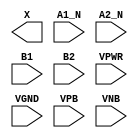
/**
 * Copyright 2020 The SkyWater PDK Authors
 *
 * Licensed under the Apache License, Version 2.0 (the "License");
 * you may not use this file except in compliance with the License.
 * You may obtain a copy of the License at
 *
 *     https://www.apache.org/licenses/LICENSE-2.0
 *
 * Unless required by applicable law or agreed to in writing, software
 * distributed under the License is distributed on an "AS IS" BASIS,
 * WITHOUT WARRANTIES OR CONDITIONS OF ANY KIND, either express or implied.
 * See the License for the specific language governing permissions and
 * limitations under the License.
 *
 * SPDX-License-Identifier: Apache-2.0
 */

`ifndef SKY130_FD_SC_HD__A2BB2O_PP_BLACKBOX_V
`define SKY130_FD_SC_HD__A2BB2O_PP_BLACKBOX_V

/**
 * a2bb2o: 2-input AND, both inputs inverted, into first input, and
 *         2-input AND into 2nd input of 2-input OR.
 *
 *         X = ((!A1 & !A2) | (B1 & B2))
 *
 * Verilog stub definition (black box with power pins).
 *
 * WARNING: This file is autogenerated, do not modify directly!
 */

`timescale 1ns / 1ps
`default_nettype none

(* blackbox *)
module sky130_fd_sc_hd__a2bb2o (
    X   ,
    A1_N,
    A2_N,
    B1  ,
    B2  ,
    VPWR,
    VGND,
    VPB ,
    VNB
);

    output X   ;
    input  A1_N;
    input  A2_N;
    input  B1  ;
    input  B2  ;
    input  VPWR;
    input  VGND;
    input  VPB ;
    input  VNB ;
endmodule

`default_nettype wire
`endif  // SKY130_FD_SC_HD__A2BB2O_PP_BLACKBOX_V